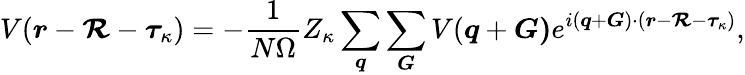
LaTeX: V(\boldsymbol{r}-\boldsymbol{\mathcal{R}}-\boldsymbol{\tau}_{\kappa})=-\frac{{1}}{{N\Omega}}Z_{\kappa}\sum_{\boldsymbol{q}}\sum_{\boldsymbol{G}}V(\boldsymbol{q}+\boldsymbol{G)}e^{i(\boldsymbol{q}+\boldsymbol{G})\cdot(\boldsymbol{r}-\boldsymbol{\mathcal{R}}-\boldsymbol{\tau}_{\kappa})},